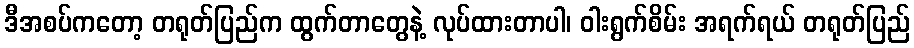
ဒီအစပ်ကတော့ တရုတ်ပြည်က ထွက်တာတွေနဲ့ လုပ်ထားတာပါ၊ ဝါးရွက်စိမ်း အရက်ရယ် တရုတ်ပြည်